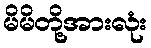
မိမိတို့အားလုံး